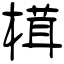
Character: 榵